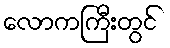
လောကကြီးတွင်